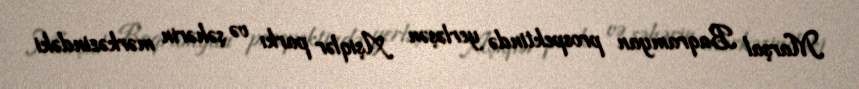
Marşal Baqramyan prospektində yerləşən Aşiqlər parkı və şəhərin mərkəzindəki